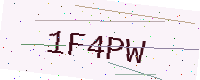
Text: 1F4PW